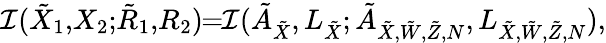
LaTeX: \mathcal{I}({{{\tilde{X}}}_{1}},\! {{{X}}_{2}};\! {{{\tilde{R}}}_{1}},\! {{{R}}_{2}})\! \! =\! \! \mathcal{I}(\tilde{A}_{{{\tilde{X}}}},L_{\tilde{X}};\tilde{A}_{{{\tilde{X}}},\tilde{W},\tilde{Z},N},L_{\tilde{X},\tilde{W},\tilde{Z},N}),